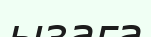
ызаға